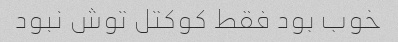
خوب بود فقط کوکتل توش نبود